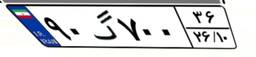
۸۶گ۷۵۱۰۵